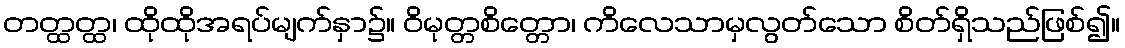
တတ္ထတ္ထ၊ ထိုထိုအရပ်မျက်နှာ၌။ ဝိမုတ္တစိတ္တော၊ ကိလေသာမှလွတ်သော စိတ်ရှိသည်ဖြစ်၍။